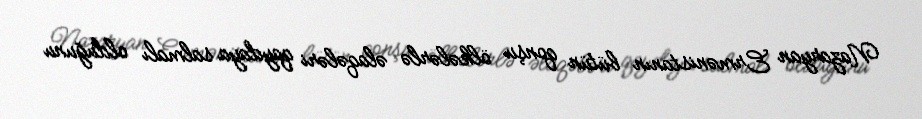
Nazaryan Ermənistanın bütün qonşu ölkələrlə əlaqələri qaydaya salmalı olduğunu